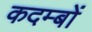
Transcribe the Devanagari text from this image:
कदम्बों